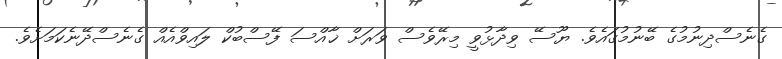
ގެނެސްދިނުމުގެ ބޭނުމުގައެވެ. ޔޫސޭ ވިދާޅުވީ މިރޭވެސް ވަރަށް ޚާއްސަ ފޭސްބުކް ލައިވްއެއް ގެނެސްދޭނެކަމަށެވެ.